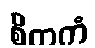
စိတကံ